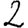
Digit: 2